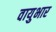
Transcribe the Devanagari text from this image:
वायुभार